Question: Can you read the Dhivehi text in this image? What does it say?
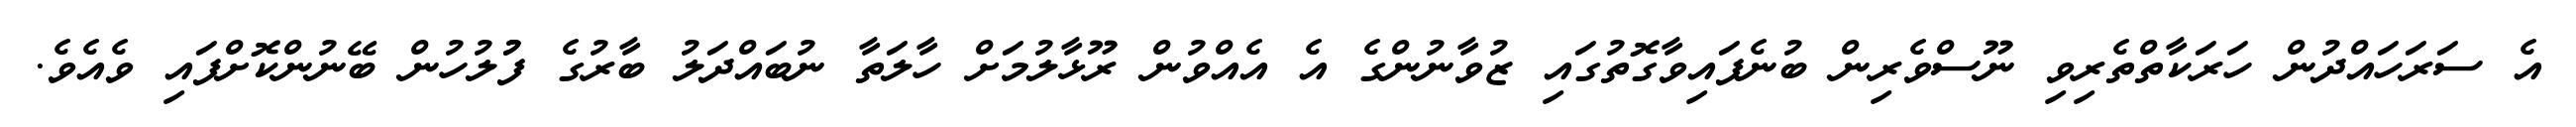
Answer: އެ ސަރަހައްދުން ހަރަކާތްތެރިވި ނޫސްވެރިން ބުނެފައިވާގޮތުގައި ޒުވާނުންގެ އެ އެއްވުން ރޫޅާލުމަށް ހާލަތާ ނުބައްދަލު ބާރުގެ ފުުލުހުން ބޭނުންކޮށްފައި ވެއެވެ.